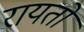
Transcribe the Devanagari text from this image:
रायतो